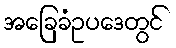
အခြေခံဥပဒေတွင်